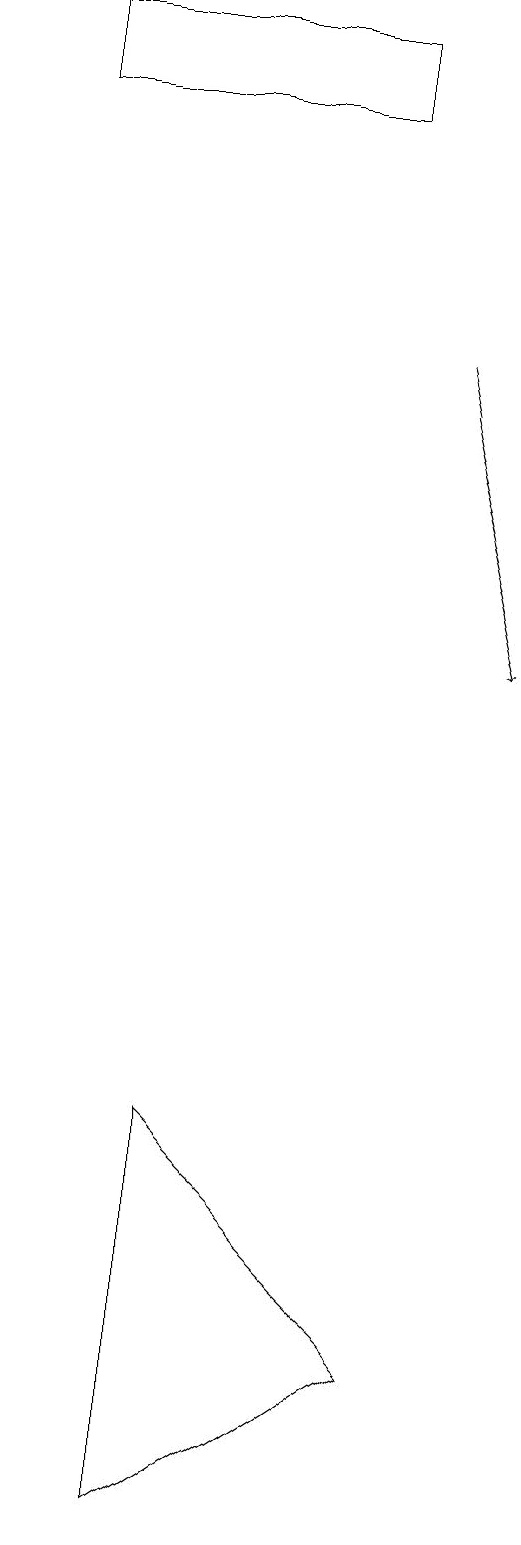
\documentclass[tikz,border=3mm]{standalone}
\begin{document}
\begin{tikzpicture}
\draw[->] (7,15) -- (8,11);
\draw (7,2) -- (4,5) -- (4,0) -- cycle;
\draw (6,18) rectangle (2,19);
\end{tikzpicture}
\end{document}